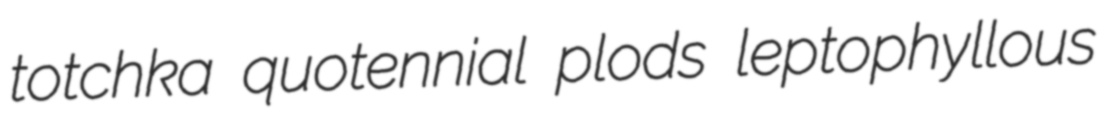
totchka quotennial plods leptophyllous